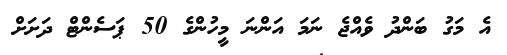
އެ މަގު ބަންދު ވެއްޖެ ނަމަ އަންނަ މީހުންގެ 50 ޕަސެންޓް ދަށަށް